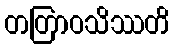
တတြာဝသိဿတိ